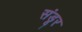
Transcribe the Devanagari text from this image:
संडूर